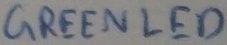
Text: GREENLED